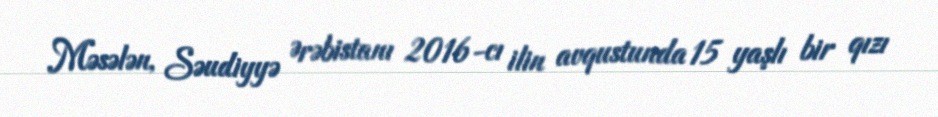
Məsələn, Səudiyyə Ərəbistanı 2016-cı ilin avqustunda 15 yaşlı bir qızı